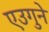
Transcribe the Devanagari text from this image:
एउगुने